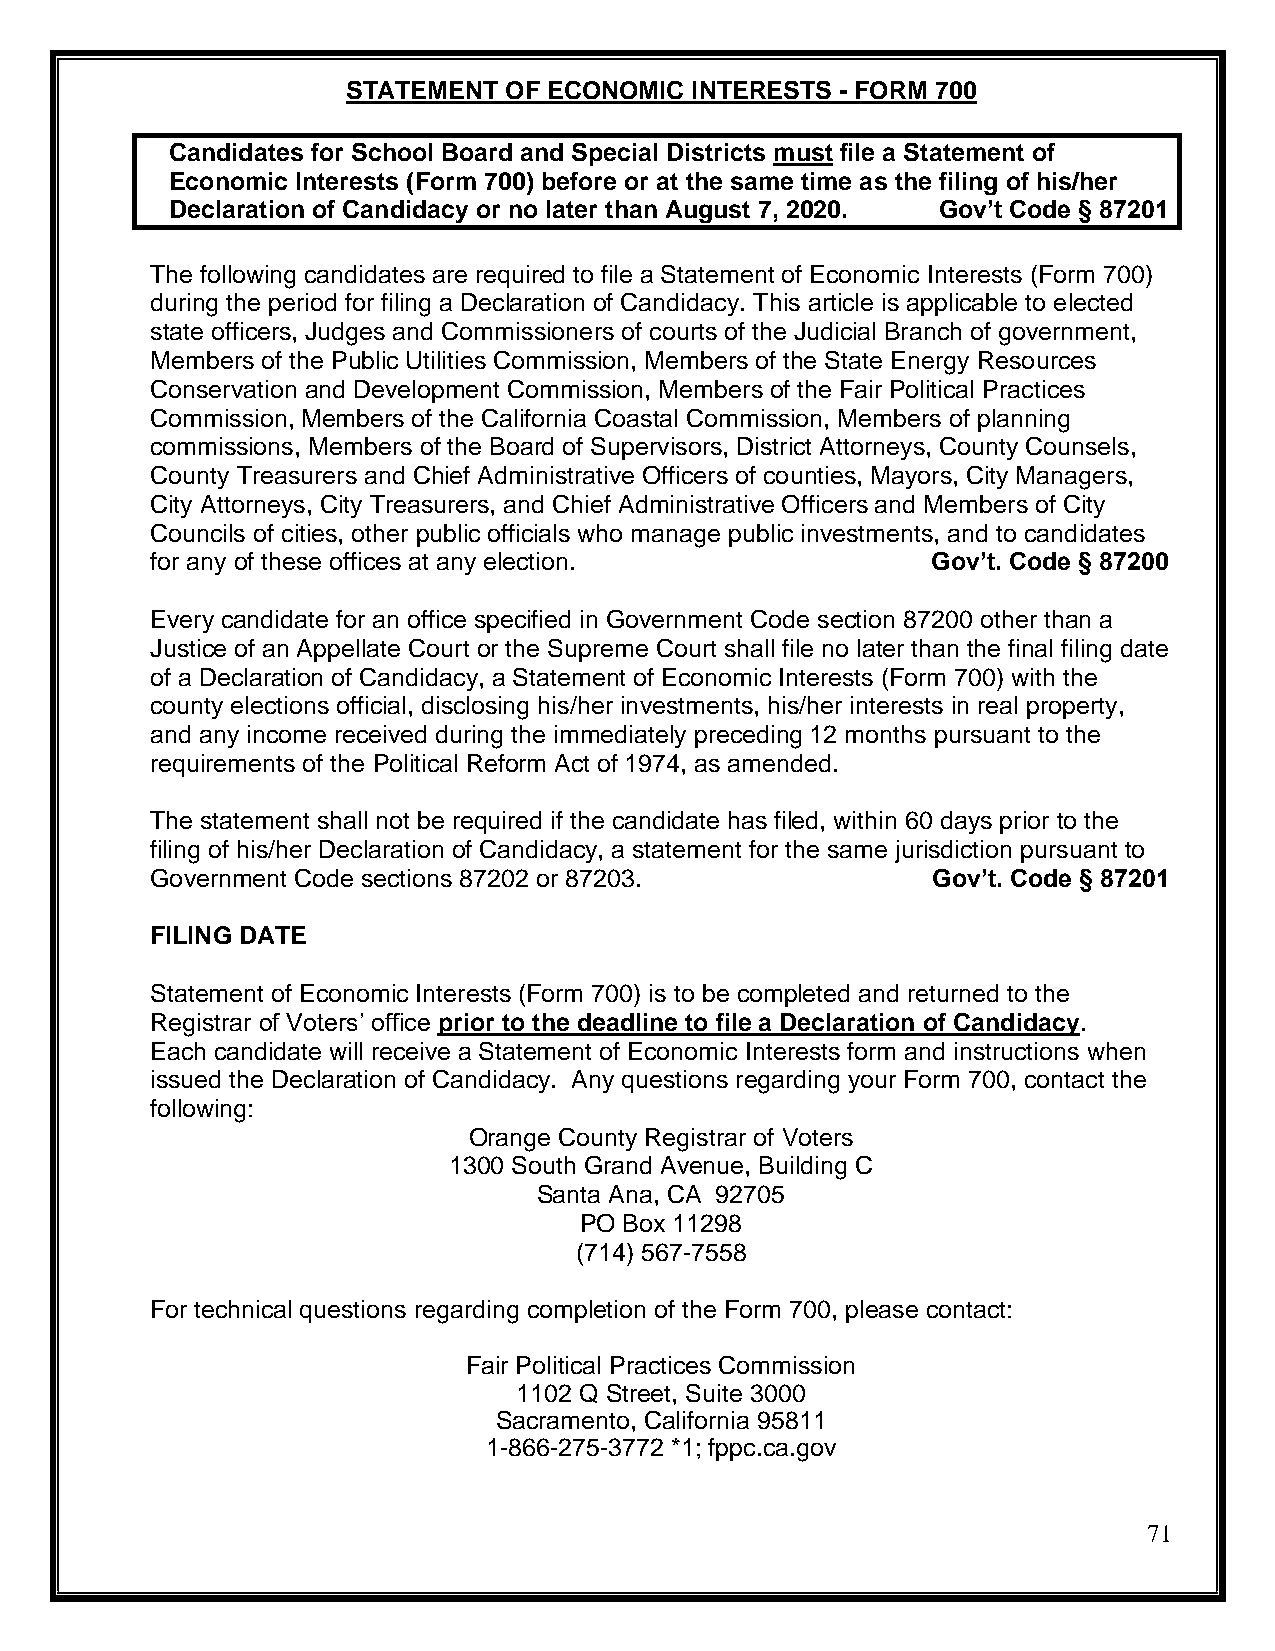
STATEMENT OF ECONOMIC  INTERESTS - FORM 700
 Candidates for School Board and Special Districts must file a Statement of
 Economic Interests (Form 700) before or at the same time as the filing of his/her
 Declaration of Candidacy or no later than August 7, 2020. Gov’t Code § 87201
 The following candidates are required to file a Statement of Economic Interests (Form 700)
 during the period for filing a Declaration of Candidacy. This article is applicable to elected
 state officers, Judges and Commissioners of courts of the Judicial Branch of government,
 Members of the Public Utilities Commission, Members of the State Energy Resources
 Conservation and Development Commission, Members of the Fair Political Practices
 Commission, Members of the California Coastal Commission, Members of planning
 commissions, Members of the Board of Supervisors, District Attorneys, County Counsels,
 County Treasurers and Chief Administrative Officers of counties, Mayors, City Managers,
 City Attorneys, City Treasurers, and Chief Administrative Officers and Members of City
 Councils of cities, other public officials who manage public investments, and to candidates
 for any of these offices at any election.           Gov’t. Code § 87200
 Every candidate for an office specified in Government Code section 87200 other than a
 Justice of an Appellate Court or the Supreme Court shall file no later than the final filing date
 of a Declaration of Candidacy, a Statement of Economic Interests (Form 700) with the
 county elections official, disclosing his/her investments, his/her interests in real property,
 and any income received during the immediately preceding 12 months pursuant to the
 requirements of the Political Reform Act of 1974, as amended.
 The statement shall not be required if the candidate has filed, within 60 days prior to the
 filing of his/her Declaration of Candidacy, a statement for the same jurisdiction pursuant to
 Government Code sections 87202 or 87203.            Gov’t. Code § 87201
 FILING DATE
 Statement of Economic Interests (Form 700) is to be completed and returned to the
 Registrar of Voters’ office prior to the deadline to file a Declaration of Candidacy.
 Each candidate will receive a Statement of Economic Interests form and instructions when
 issued the Declaration of Candidacy. Any questions regarding your Form 700, contact the
 following:
 Orange County Registrar of Voters
 1300 South Grand Avenue, Building C
 Santa Ana, CA 92705
 PO Box 11298
 (714) 567-7558
 For technical questions regarding completion of the Form 700, please contact:
 Fair Political Practices Commission
 1102 Q Street, Suite 3000
 Sacramento, California 95811
 1-866-275-3772 *1; fppc.ca.gov
 71